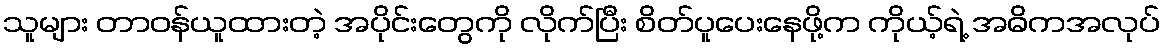
သူများ တာဝန်ယူထားတဲ့ အပိုင်းတွေကို လိုက်ပြီး စိတ်ပူပေးနေဖို့က ကိုယ့်ရဲ့ အဓိကအလုပ်